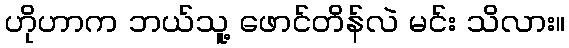
ဟိုဟာက ဘယ်သူ့ ဖောင်တိန်လဲ မင်း သိလား။